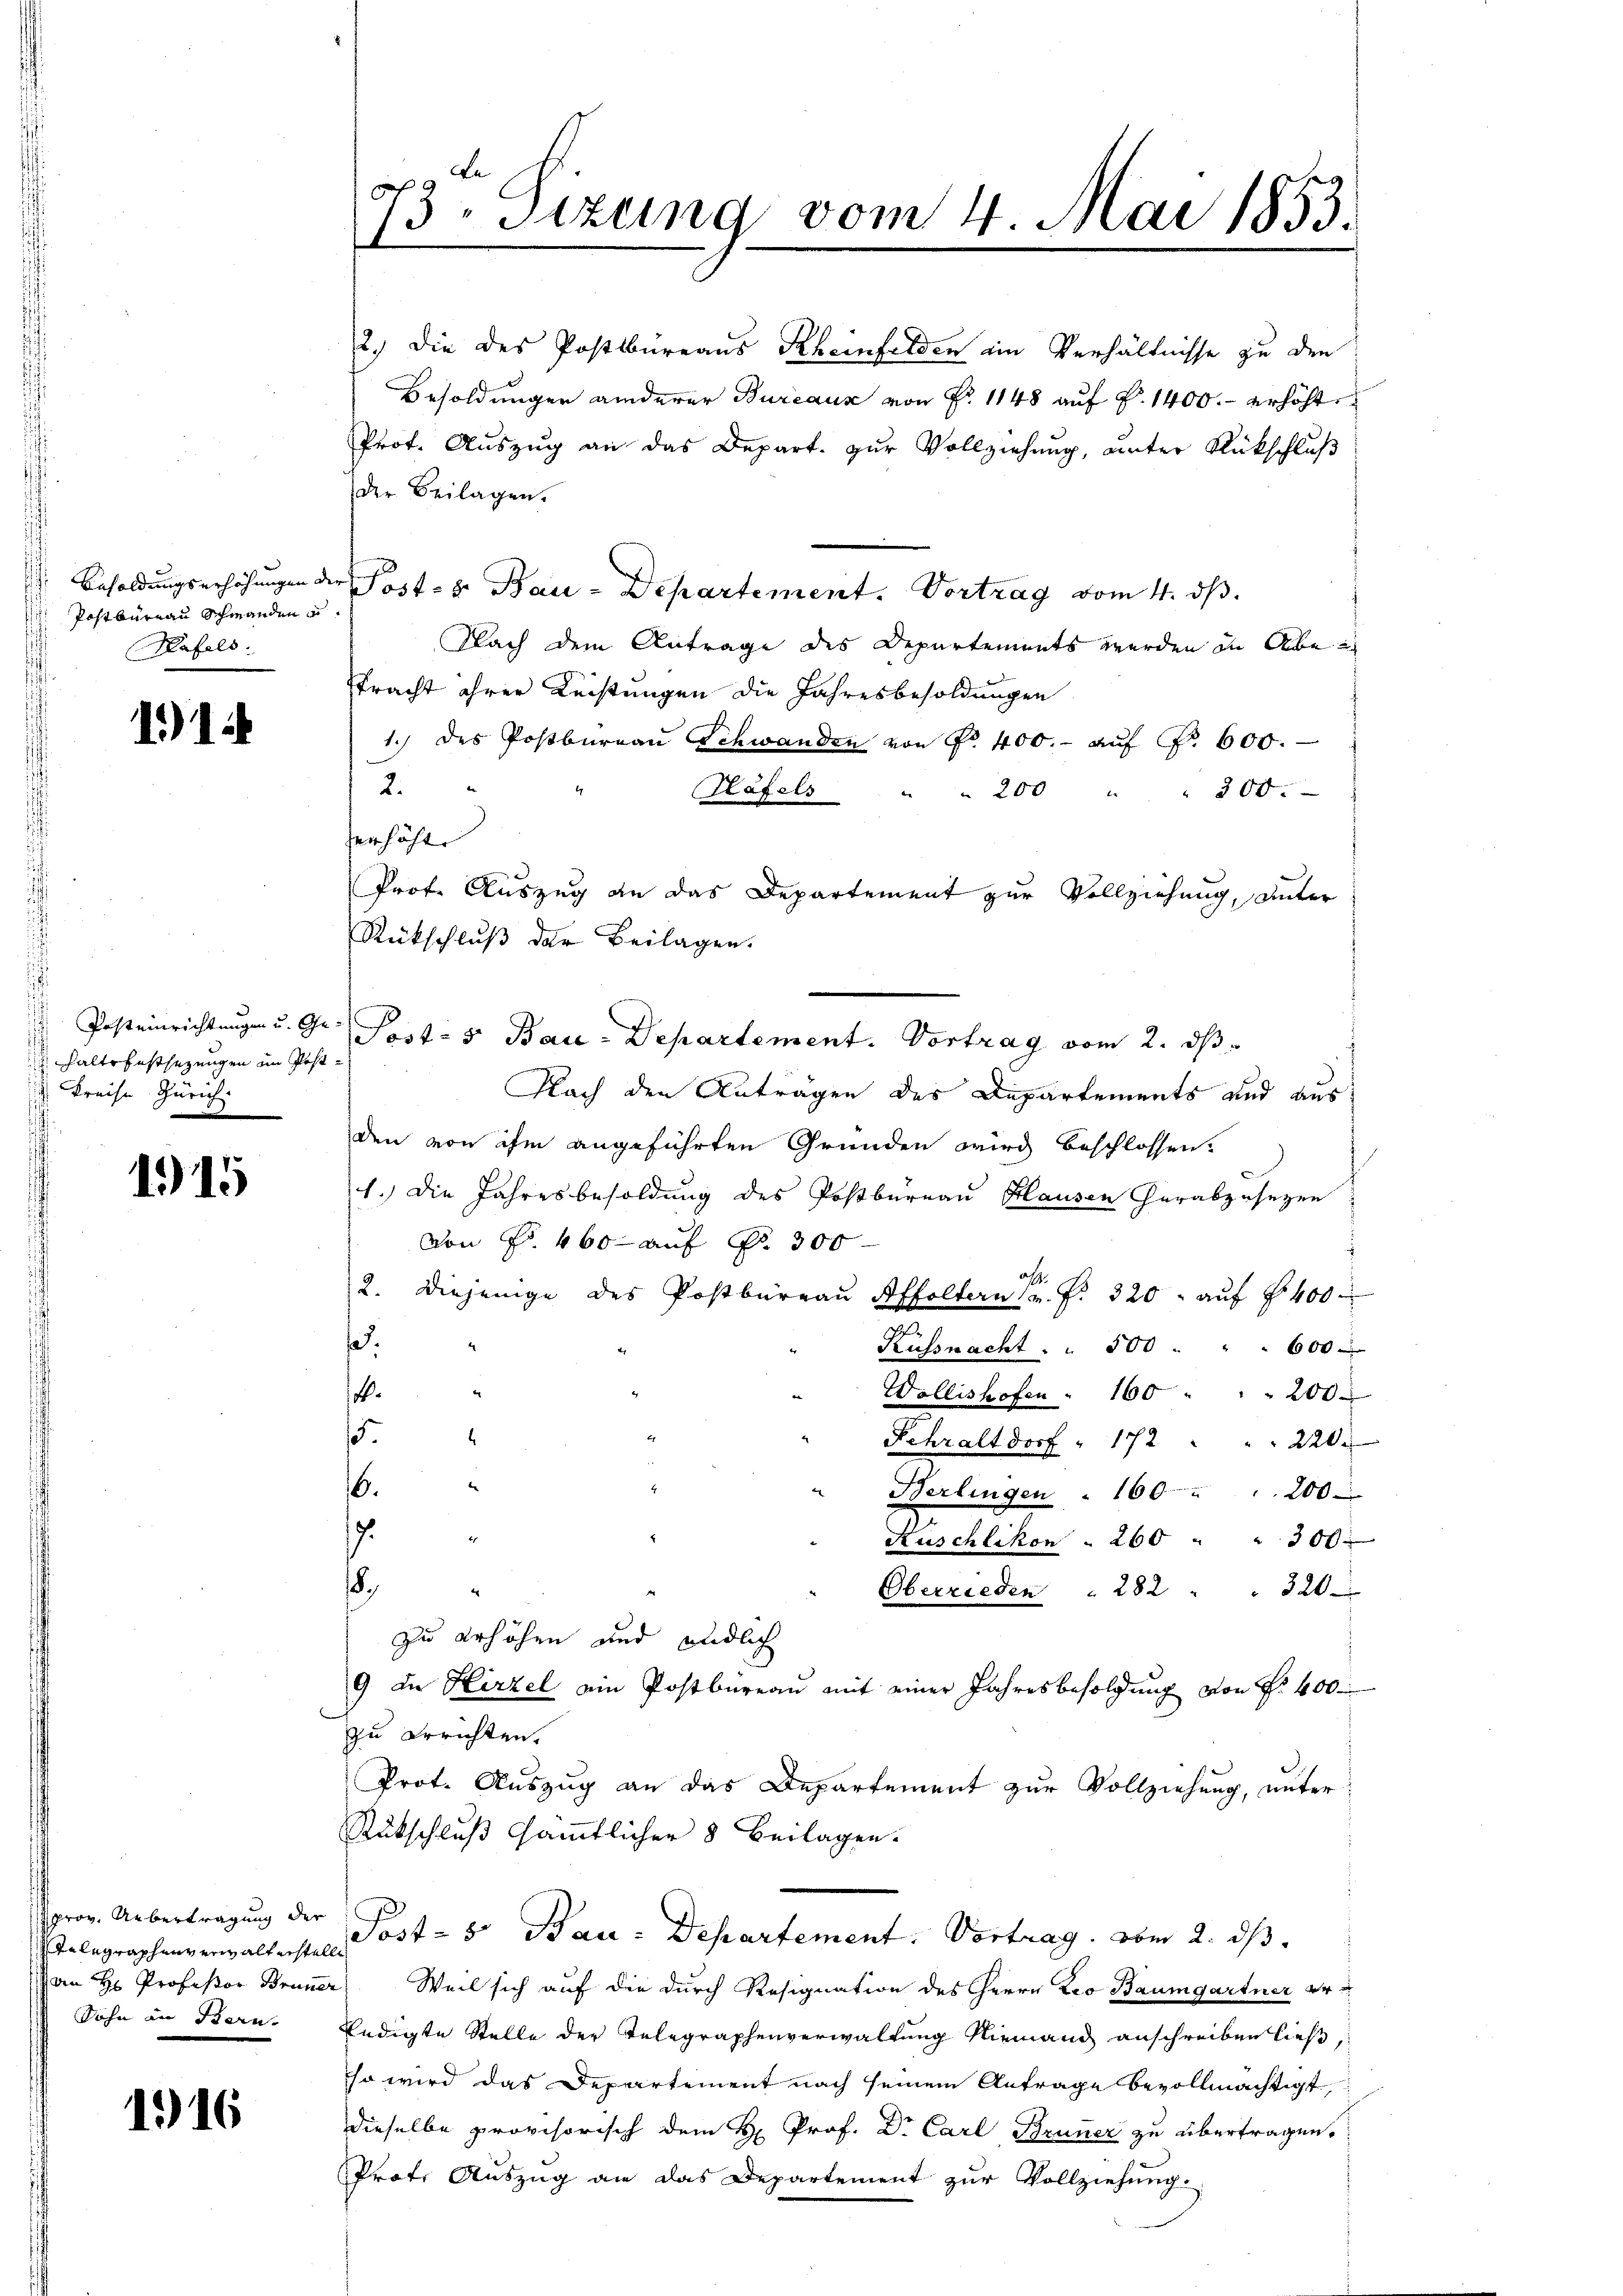
Postburgau Schwanden u.
Hafels:

1914

Posteinrichtungen u. Ge
 haltsfestsezungen im Post¬
 Preise Zürich

1915

Aprov. Uebertragung der
Telegraphenverwaltachtel
Sohn an Bern.

116

73. Sitzung vom 4. Mai 1853.

2.) Die des Posttbüreaus Rheinfelden ein Verhältnisse zu den
Besoldungen anderer Bureaus von Fr. 1148 auf §. 1400.- erhöht
Prof. Auszug an das Depart. zur Vollziehung, unter Rückschluß
der Beilagen.
 Besoldungserhöhungen der Postet. Bau-Departement. Vortrag vom 4. ds.
Nach dem Antrage des Departements werden in Abe
stracht ihrer Leistungen die Jahresbesoldungen
1.) des Postbüreaŭ Schwanden von Fr. 400.- aŭf Fr. 600.
2.
200.
 200
Häfels
serhöht.
Prof. Auszug an das Departement zur Vollziehung, unter
Rückschluß der Beilagen.
Postes Bau-Departement. Vortrag vom 2. ds
Nach den Anträgen des Departements und aus
den von ihm angeführten Gründen wird beschlossen.
1.) Die Jahresbesoldung des Postbureau Hausen herabzusezen
von Fr. 460 auf Fr. 300
¬
2. Diejenige des Postbüreaŭ Affoltern v. P. 320. aŭf § 400
.
Küssnacht . . 500 " " " 600.
x
.
Wollishofen " 160 " " 200.
5.
¬
Schraltdorf " 172 " " " 220.
6.
Berlingen . 160 " " 200.
.
i
Rüschlikon . 260 " " 3000
.
Oberrieden . 282 " " 320.
zu erhöhen und endlich
9 in Hirzel ein Postbüreaŭ mit einer Jahresbefolgŭng von Fr. 400
zu errichten.
Prot. Auszug an das Departement zur Vollziehung, unter
Rückschluß sämmtlicher 8 Beilagen.
Post- 5. Bau-Departement. Vortrag vom 2. ds.
an H. Professor Bruner Weil sich auf die durch Resignation des Herrn Leo Baumgartner er¬
Endigte Stelle der Telegraphenverwaltung Niemand anschreiben ließ,
so wird das Departement nach seinem Antrage bevollmächtigt,
dieselbe provisorisch dem H Prof. Dr Carl Bruner zu übertragen.
Prote Auszug an das Departement zur Vollziehung.